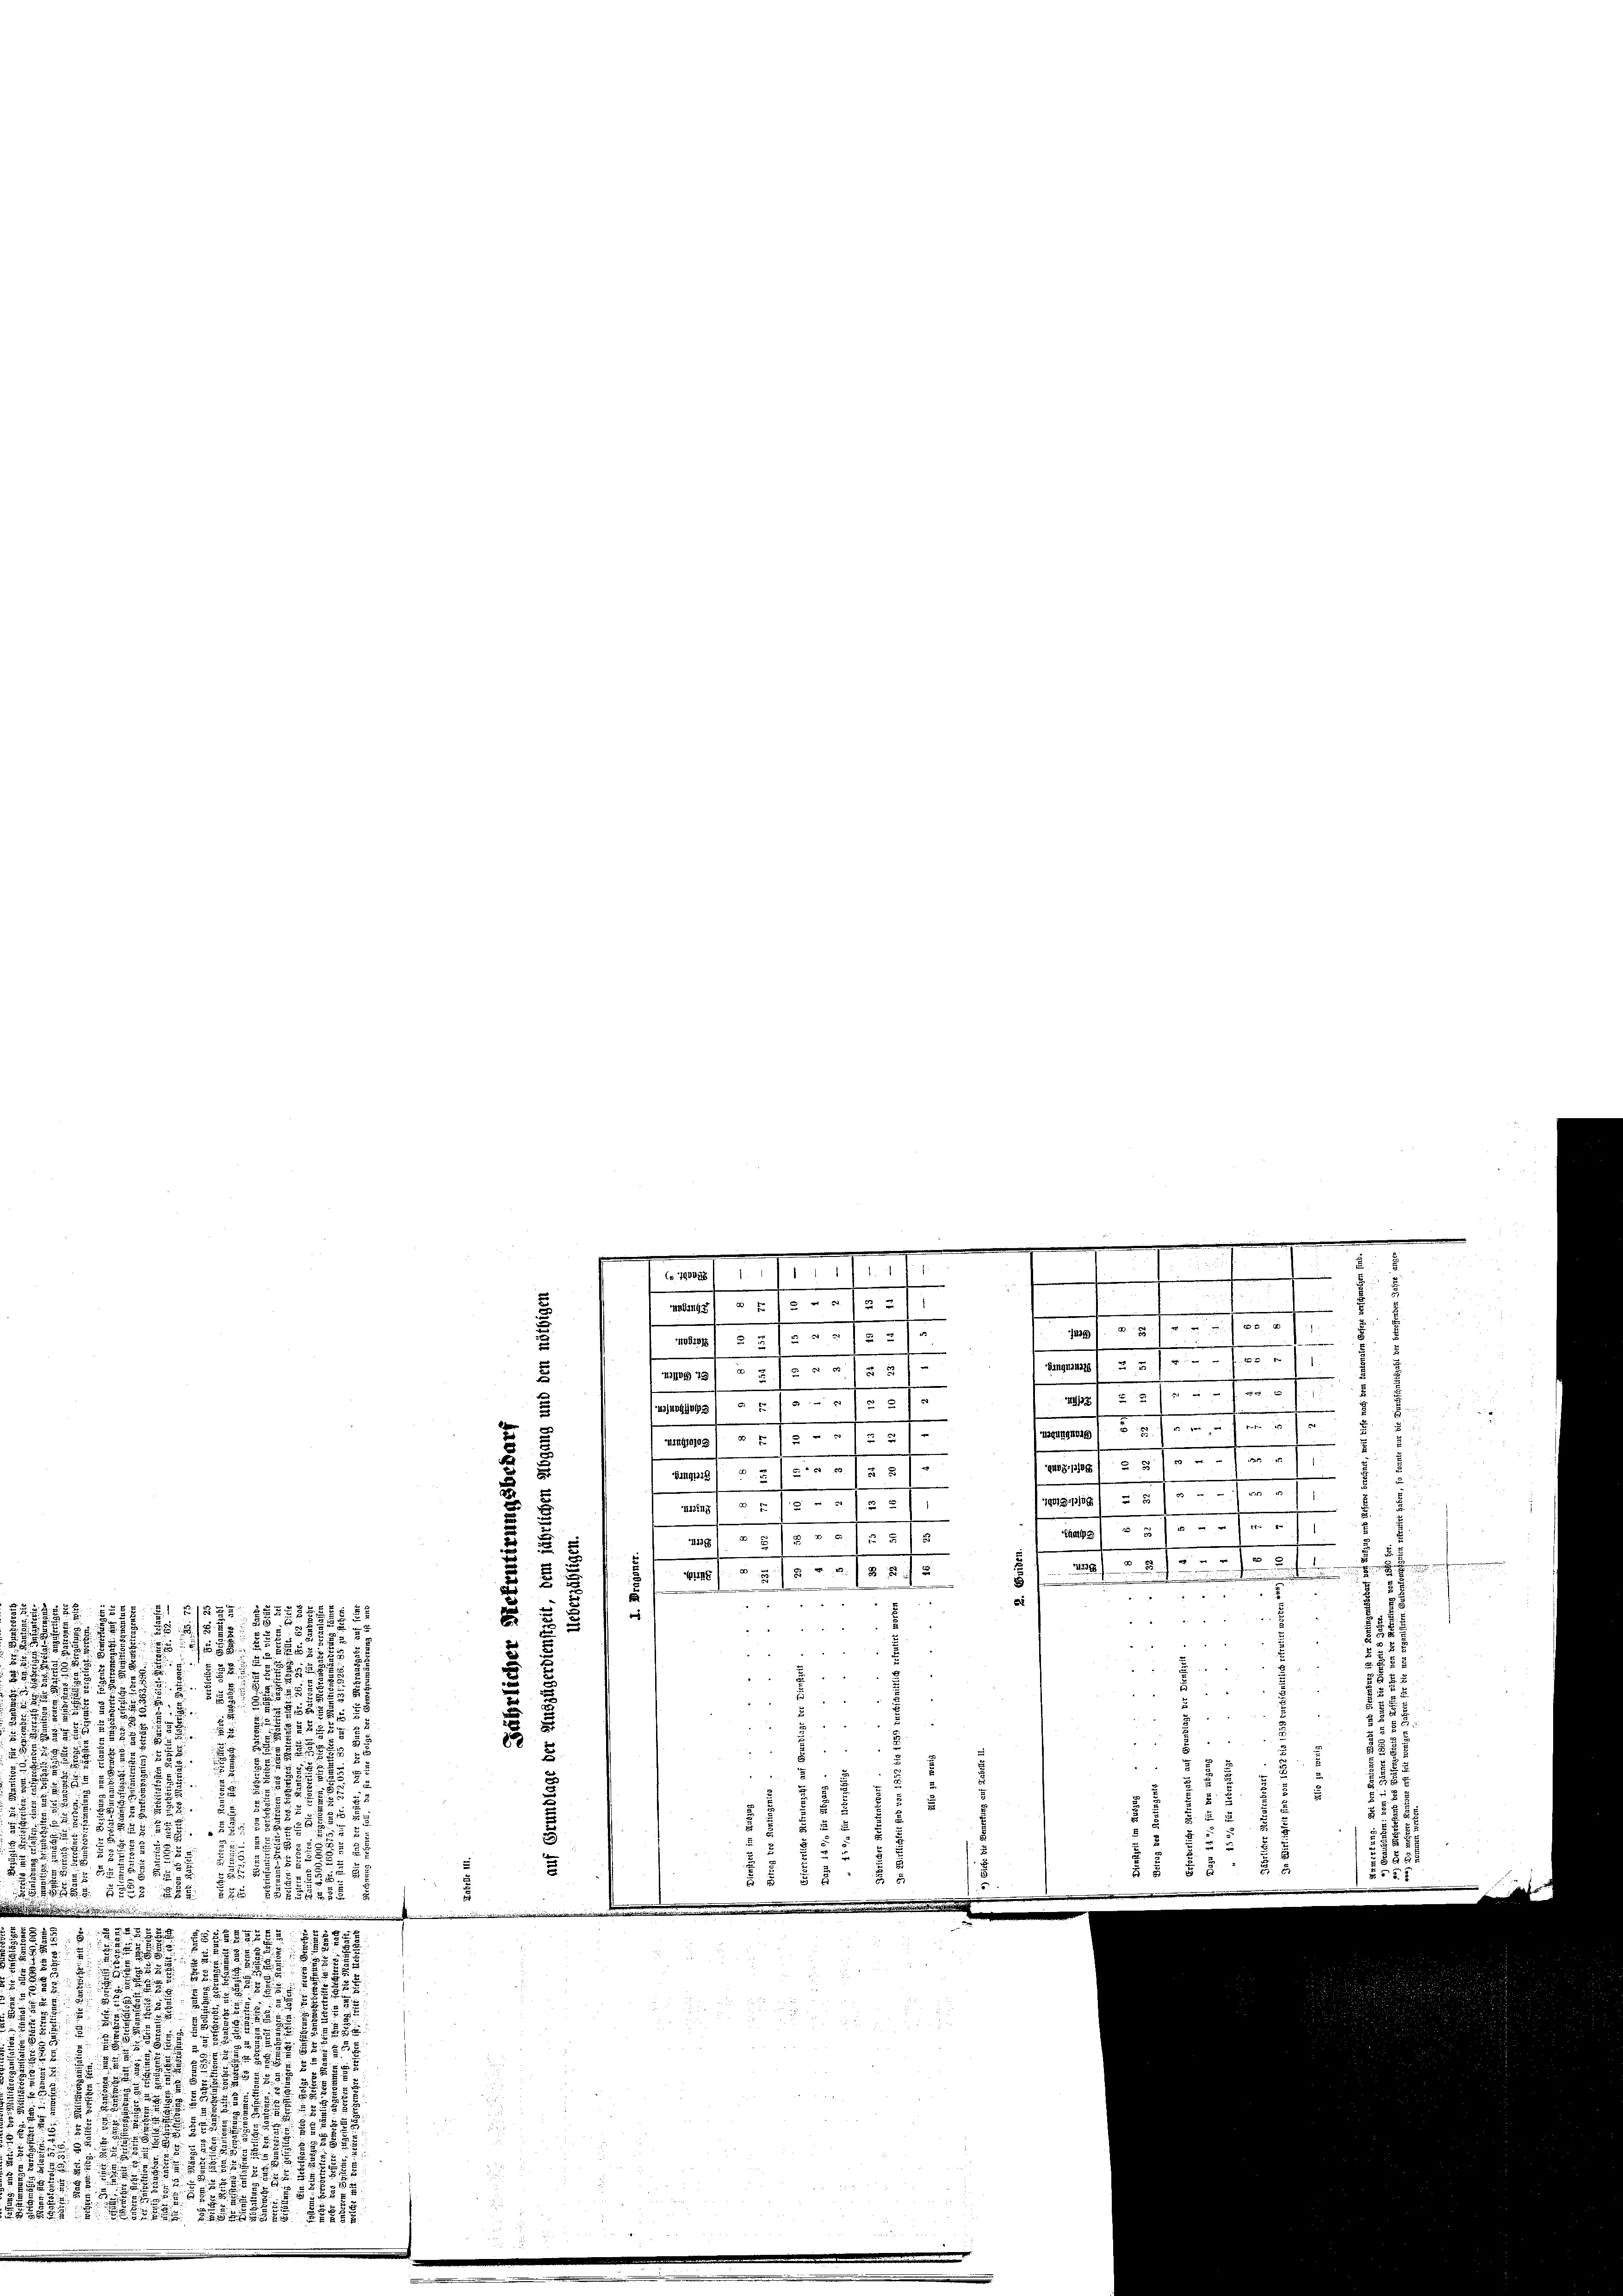
M97/8 / 20/3 5
2 25 fr. . . . . .
x

—
igg
 505 xx
WitG109
.
.
.
s
 5/. -- er / 1
Fr. 1735
BG118
5
e
“
1371/5/
/3 1/237
.
IIII13
d
1
7
.

Hpg 1 37
t
ag 28/3 2/5 2/s
 . . . . . . 72. 5
.
t

auf 3 Fr. 10. 27
1
44
52
d
16. 1375. 985827
2
 5

8 15
 15 x
2
2
85 xx
2 84 25
22
x
7
2
2

i
"
2
2
53

.
5
4

8

wie
e

2
88
2
.
5
 55 x
i
.
2
2
18
57

d
.
2
8232. 18
5
2
u f. 3 5 5
2
 f 8 x

2
 5
12
5
e § § 5 : § 8
 x
5

§ 58. 2
12 889. 248 1889
e
 xxx
1859.

.
55 1891

.

e
728/11/11/1
/  Es was z
I
1298 f 0 x 100
e
N 522
 3/5. " J. er 1